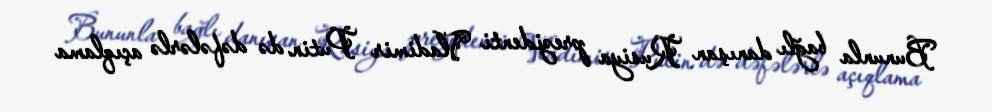
Bununla bağlı danışan Rusiya prezidenti Vladimir Putin də dəfələrlə açıqlama